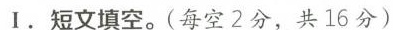
I.短文填空.(每空2分,共16分)